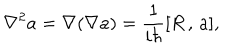
\nabla ^ { 2 } a = \nabla ( \nabla a ) = \frac 1 { i \hbar } [ R \, , \, a ] ,